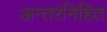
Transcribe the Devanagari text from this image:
अन्तरनिहित